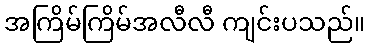
အကြိမ်ကြိမ်အလီလီ ကျင်းပသည်။